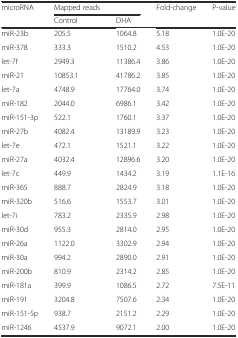
| microRNA | Mapped reads |  | Fold-change | P-value |
 |  | Control | DHA |  |  |
 | --- | --- | --- | --- | --- |
 | miR-23b | 205.5 | 1064.8 | 5.18 | 1.0E-20 |
 | miR-378 | 333.3 | 1510.2 | 4.53 | 1.0E-20 |
 | let-7f | 2949.3 | 11386.4 | 3.86 | 1.0E-20 |
 | miR-21 | 10853.1 | 41786.2 | 3.85 | 1.0E-20 |
 | let-7a | 4748.9 | 17764.0 | 3.74 | 1.0E-20 |
 | miR-182 | 2044.0 | 6986.1 | 3.42 | 1.0E-20 |
 | miR-151-3p | 522.1 | 1760.1 | 3.37 | 1.0E-20 |
 | miR-27b | 4082.4 | 13189.9 | 3.23 | 1.0E-20 |
 | let-7e | 472.1 | 1521.1 | 3.22 | 1.0E-20 |
 | miR-27a | 4032.4 | 12896.6 | 3.20 | 1.0E-20 |
 | let-7c | 449.9 | 1434.2 | 3.19 | 1.1E-16 |
 | miR-365 | 888.7 | 2824.9 | 3.18 | 1.0E-20 |
 | miR-320b | 516.6 | 1553.7 | 3.01 | 1.0E-20 |
 | let-7i | 783.2 | 2335.9 | 2.98 | 1.0E-20 |
 | miR-30d | 955.3 | 2814.0 | 2.95 | 1.0E-20 |
 | miR-26a | 1122.0 | 3302.9 | 2.94 | 1.0E-20 |
 | miR-30a | 994.2 | 2890.0 | 2.91 | 1.0E-20 |
 | miR-200b | 810.9 | 2314.2 | 2.85 | 1.0E-20 |
 | miR-181a | 399.9 | 1086.5 | 2.72 | 7.5E-11 |
 | miR-191 | 3204.8 | 7507.6 | 2.34 | 1.0E-20 |
 | miR-151-5p | 938.7 | 2151.2 | 2.29 | 1.0E-20 |
 | miR-1246 | 4537.9 | 9072.1 | 2.00 | 1.0E-20 |